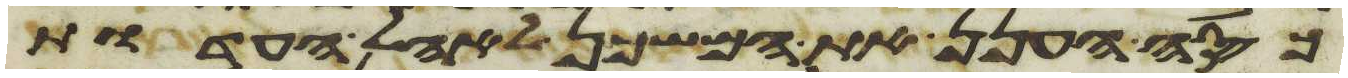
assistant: כסה הענן את המשכן לאהל העדות